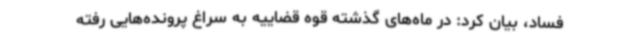
فساد، بیان کرد: در ماه‌های گذشته قوه قضاییه به سراغ پرونده‌هایی رفته